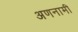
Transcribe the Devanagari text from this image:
अणनामी